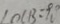
\angle O C B = 9 0 ^ { \circ }